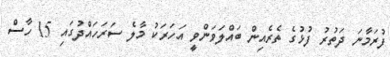
ފުރަމާނަ ދަތުރު ފުޅުގެ ތެރެއިން ބައްލަވަންވީ އަހަރަކު މާލެ ސަރަހައްދުގައި 15 ހާސް